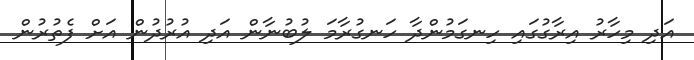
އަދި މިހާރު އިރާގުގައި ހިނގަމުންދާ ހަނގުރާމަ ލުބުނާން އަދި އުރުދުން އަށް ފެތުރުން